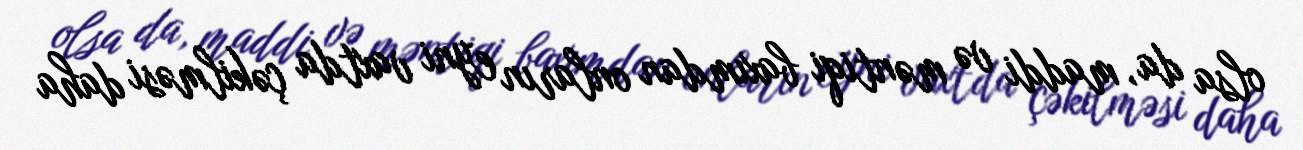
olsa da, maddi və məntiqi baxımdan onların eyni vaxtda çəkilməsi daha